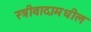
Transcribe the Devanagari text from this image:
स्त्रीवादामधील